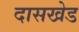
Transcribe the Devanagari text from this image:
दासखेड